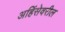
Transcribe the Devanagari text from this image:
अहिंसेवरील